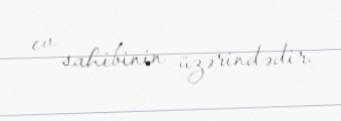
ev sahibinin üzərindədir.